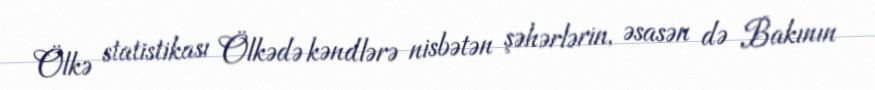
Ölkə statistikası Ölkədə kəndlərə nisbətən şəhərlərin, əsasən də Bakının